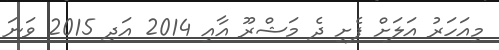
މިއަހަރު އަލަށް ފެށި ދެ މަޝްރޫ އާއި 2014 އަދި 2015 ވަނަ